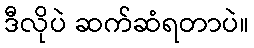
ဒီလိုပဲ ဆက်ဆံရတာပဲ။